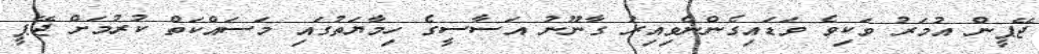
ޖޭޕީން އުމަރު ވަކިވެ ވަޑައިގެންނެވިއިރު ގާނޫނު އަސާސީގެ ހިމާޔަތުގައި މަސައްކަތް ކުރުމަށް ޖޭޕީ